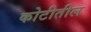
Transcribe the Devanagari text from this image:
कोटीतील